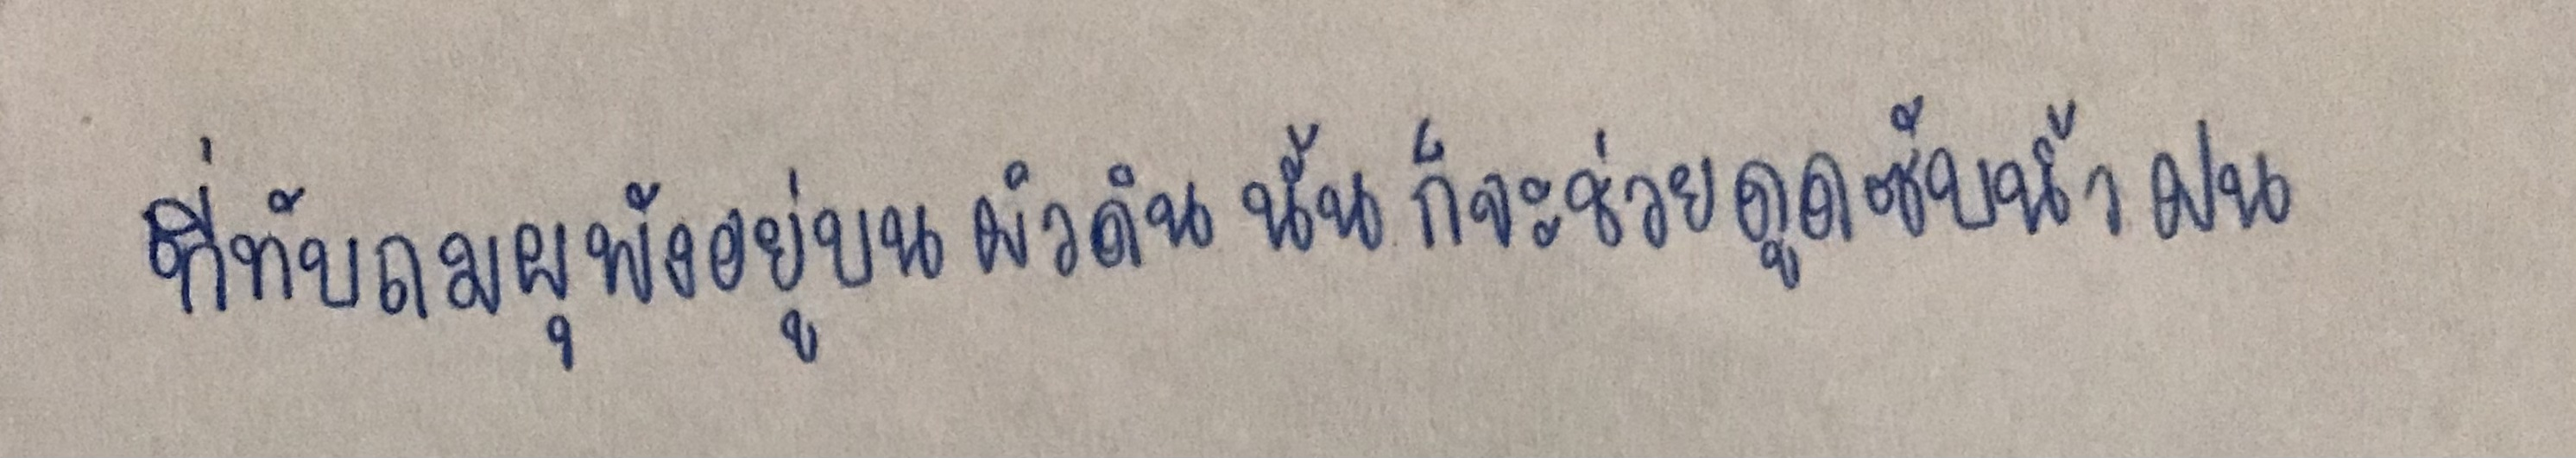
ที่ทับถมผุพังอยู่บนผิวดินนั้นก็จะช่วยดูดซับน้ำฝน